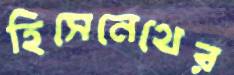
হিসেনেথের